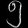
Digit: ၅